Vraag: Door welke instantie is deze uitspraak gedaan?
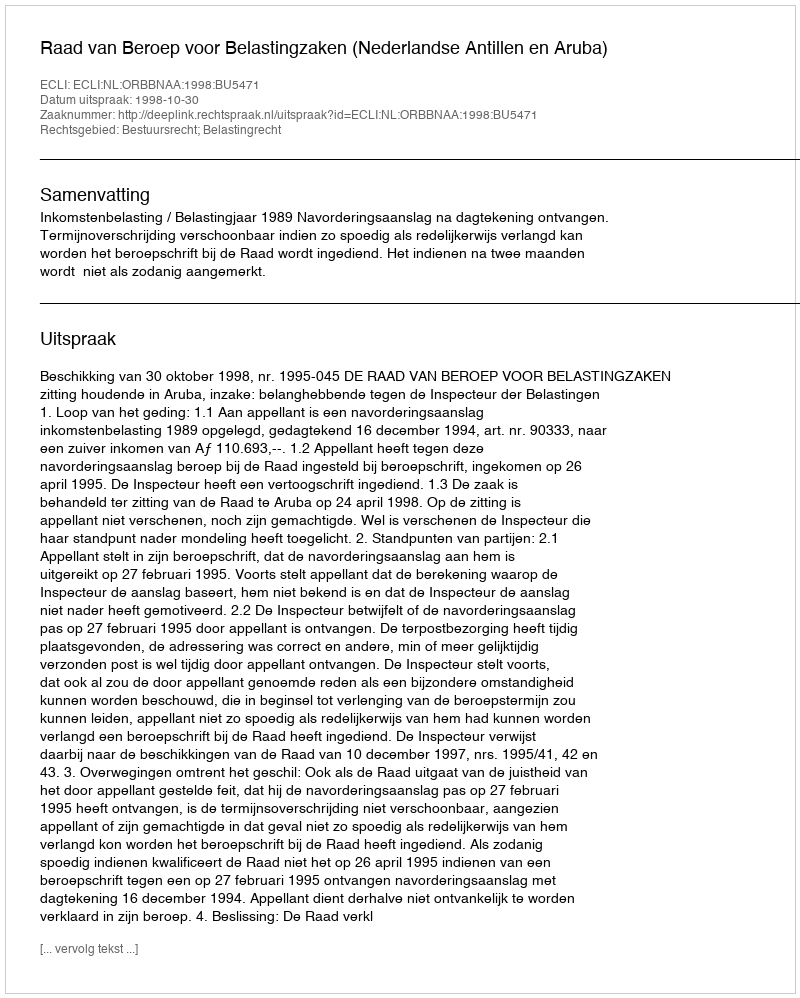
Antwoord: Raad van Beroep voor Belastingzaken (Nederlandse Antillen en Aruba)